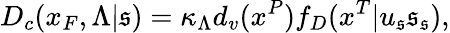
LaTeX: D_{c}(x_{F},\Lambda|\mathfrak{s})=\kappa_{\Lambda}d_{v}(x^{P})f_{D}(x^{T}|u_{\mathfrak{s}}\mathfrak{s}_{\mathfrak{s}}),